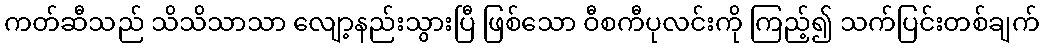
ကတ်ဆီသည် သိသိသာသာ လျော့နည်းသွားပြီ ဖြစ်သော ဝီစကီပုလင်းကို ကြည့်၍ သက်ပြင်းတစ်ချက်